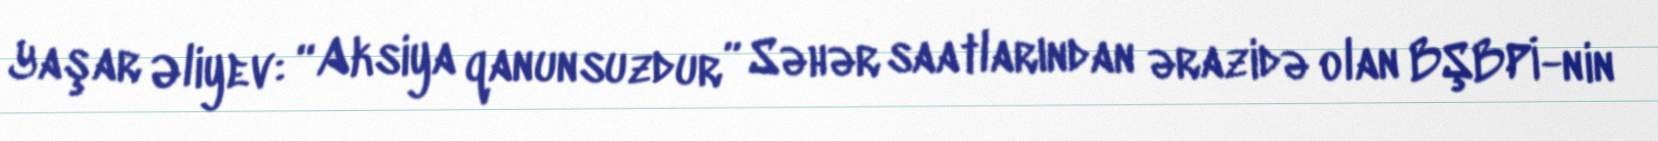
Yaşar Əliyev: “Aksiya qanunsuzdur” Səhər saatlarından ərazidə olan BŞBPİ-nin